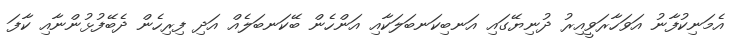
އެމަނިކުފާނު އަވަހާރަވީއިރު ދުނިޔޭގައި އަނބިކަނބަލަކާއި އަންހެން ބޭކަނބަލެއް އަދި ފިރިހެން ދެބޭފުޅުންނާއި ކާފަ